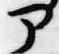
部